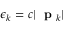
\epsilon _ { k } = c | \mathrm { ~ \bf ~ p ~ } _ { k } |